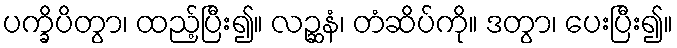
ပက္ခိပိတွာ၊ ထည့်ပြီး၍။ လဉ္ဆနံ၊ တံဆိပ်ကို။ ဒတွာ၊ ပေးပြီး၍။